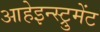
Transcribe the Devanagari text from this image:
आहेइन्स्ट्रुमेंट